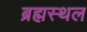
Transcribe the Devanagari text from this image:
ब्रह्मस्थल